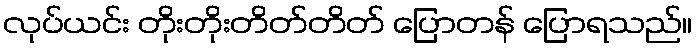
လုပ်ယင်း တိုးတိုးတိတ်တိတ် ပြောတန် ပြောရသည်။